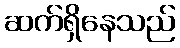
ဆက်ရှိနေသည်